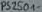
Text: PS2501